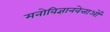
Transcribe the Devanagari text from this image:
मनोविज्ञानवेत्ताओं